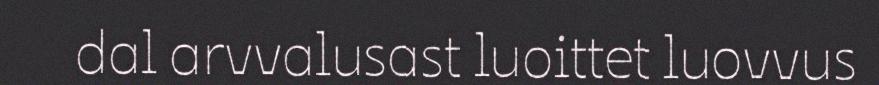
dal arvvalusast luoittet luovvus